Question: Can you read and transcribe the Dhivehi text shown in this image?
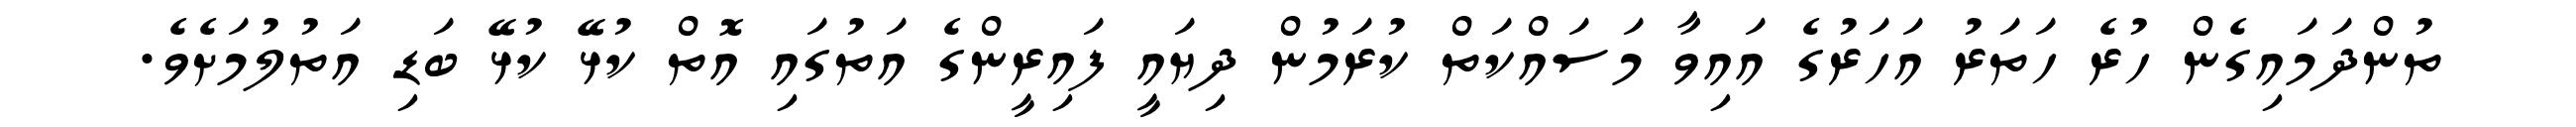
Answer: ތުންދަމައިގެން ހުރެ ހަތަރު އަހަރުގެ އައިވާ މަސައްކަތް ކުރަމުން ދިޔައީ ފައިރީންގެ އަތުގައި އޮތް ކުޅޭ ކުޅޭ ބަޑި އަތުލުމަށެވެ.